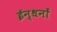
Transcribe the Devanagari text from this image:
ईन्धनों